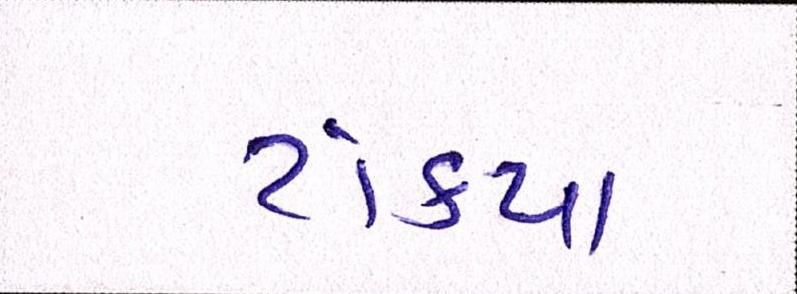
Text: ટાંક્યા